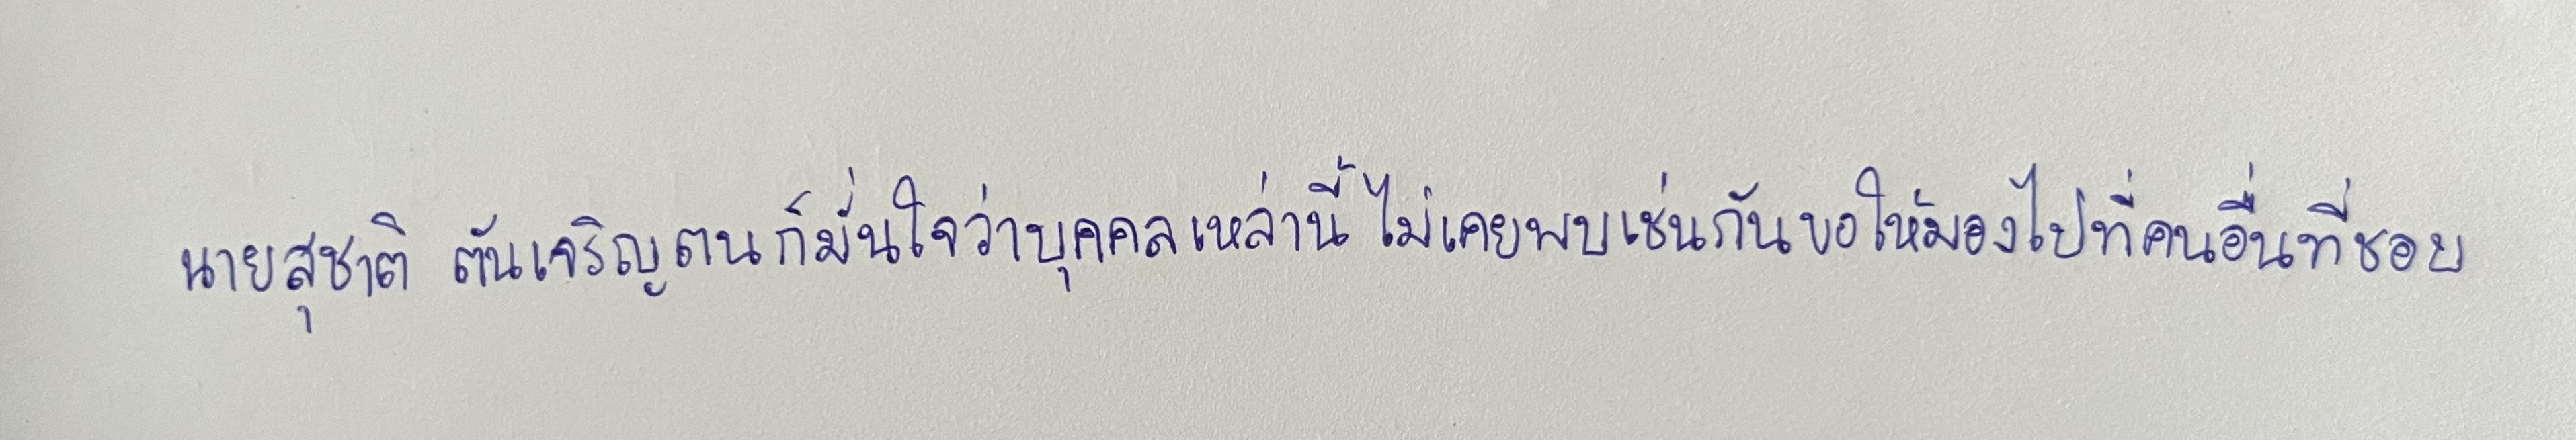
นายสุชาติ ตันเจริญตนก็มั่นใจว่าบุคคลเหล่านี้ไม่เคยพบเช่นกันขอให้มองไปที่คนอื่นที่ชอบ